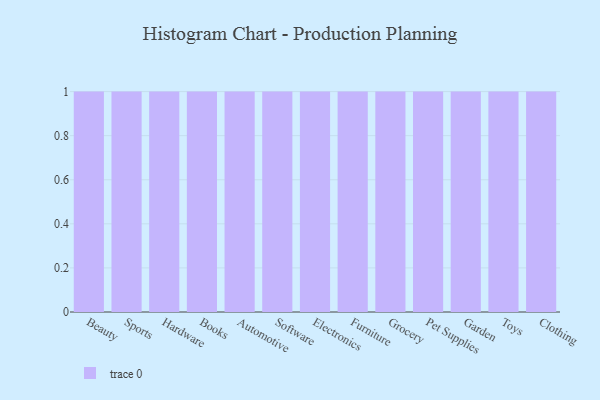
{"axis": {"x": "Category", "y": "Inventory Turnover"}, "legend": [""], "data": [{"x": "Beauty", "y": 18, "type": ""}, {"x": "Sports", "y": 84, "type": ""}, {"x": "Hardware", "y": 43, "type": ""}, {"x": "Books", "y": 81, "type": ""}, {"x": "Automotive", "y": 11, "type": ""}, {"x": "Software", "y": 66, "type": ""}, {"x": "Electronics", "y": 28, "type": ""}, {"x": "Furniture", "y": 24, "type": ""}, {"x": "Grocery", "y": 30, "type": ""}, {"x": "Pet Supplies", "y": 81, "type": ""}, {"x": "Garden", "y": 85, "type": ""}, {"x": "Toys", "y": 78, "type": ""}, {"x": "Clothing", "y": 49, "type": ""}]}